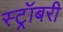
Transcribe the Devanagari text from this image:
स्ट्रॉबरी